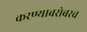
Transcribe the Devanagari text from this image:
करण्‍याबरोबरच